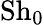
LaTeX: \mathrm{Sh}_{0}